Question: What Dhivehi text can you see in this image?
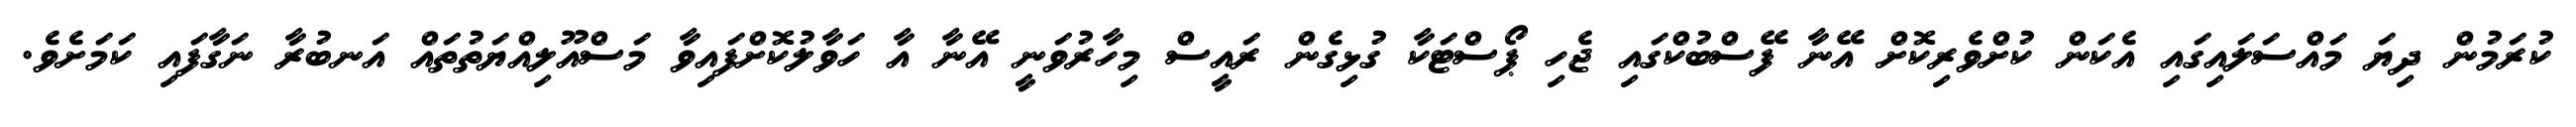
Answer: ކުރަމުން ދިޔަ މައްސަލައިގައި އެކަން ކުށްވެރިކޮށް އޭނާ ފޭސްބުކްގައި ޖެހި ޕޯސްޓަކާ ގުޅިގެން ރައީސް މިހާރުވަނީ އޭނާ އާ ހަވާލުކޮށްފައިވާ މަސްއޫލިއްޔަތުތައް އަނބުރާ ނަގާފައި ކަމަށެވެ.